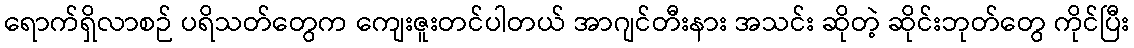
ရောက်ရှိလာစဉ် ပရိသတ်တွေက ကျေးဇူးတင်ပါတယ် အာဂျင်တီးနား အသင်း ဆိုတဲ့ ဆိုင်းဘုတ်တွေ ကိုင်ပြီး